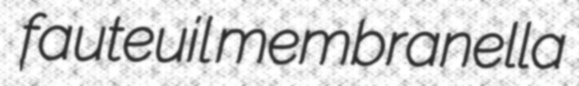
fauteuil membranella